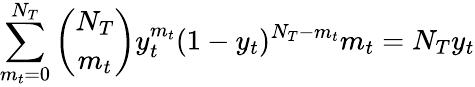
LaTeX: \sum_{m_{t}=0}^{N_{T}}\binom{N_{T}}{m_{t}}y_{t}^{m_{t}}(1-y_{t})^{N_{T}-m_{t}}m_{t}=N_{T}y_{t}